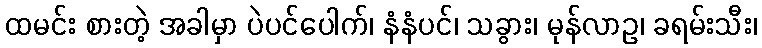
ထမင်း စားတဲ့ အခါမှာ ပဲပင်ပေါက်၊ နံနံပင်၊ သခွား၊ မုန်လာဥ၊ ခရမ်းသီး၊